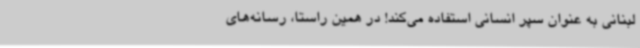
لبنانی به عنوان سپر انسانی استفاده می‌کند! در همین راستا، رسانه‌های